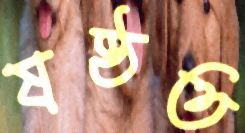
ষষ্ঠত